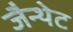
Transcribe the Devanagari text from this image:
जैन्थेट